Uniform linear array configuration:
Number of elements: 64
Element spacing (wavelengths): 0.5
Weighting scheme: hann
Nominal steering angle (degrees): -60
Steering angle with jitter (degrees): -59.61
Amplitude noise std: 0.05
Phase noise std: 0.05

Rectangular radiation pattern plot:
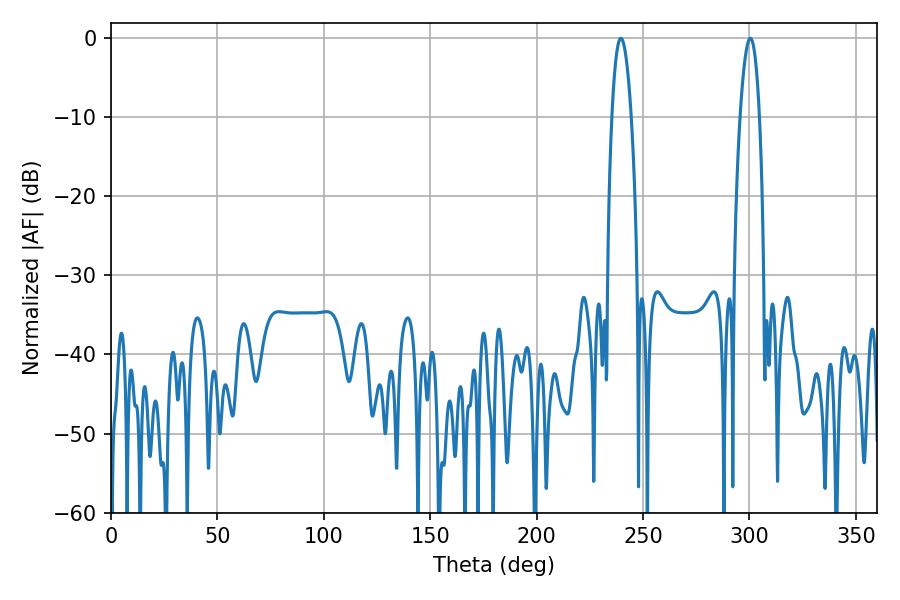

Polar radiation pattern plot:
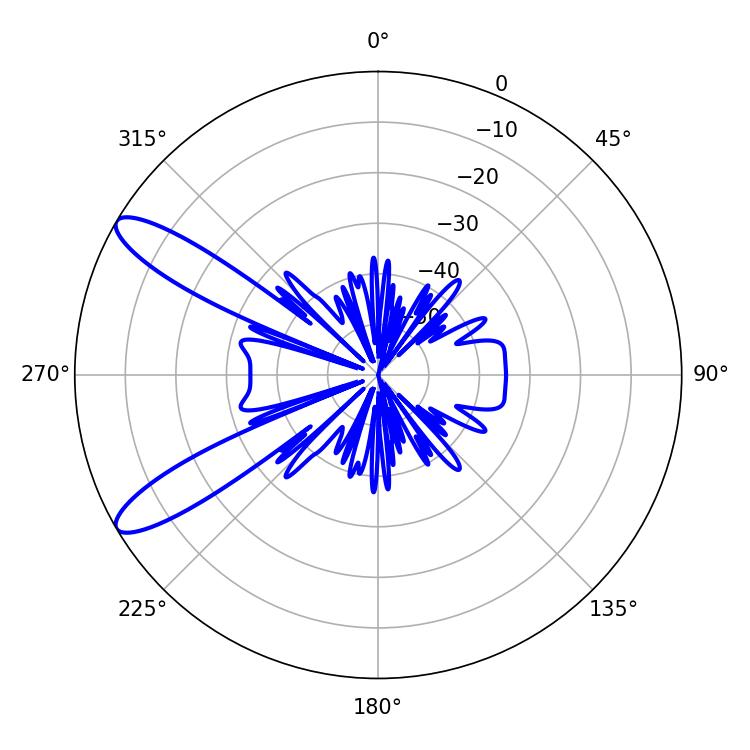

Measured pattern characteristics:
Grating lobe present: FALSE
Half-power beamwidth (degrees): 4.86
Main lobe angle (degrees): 239.58